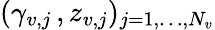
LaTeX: (\gamma_{v,j}\, ,z_{v,j})_{j=1,\dots,N_{v}}